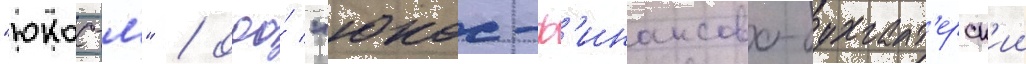
"юкос-м" / ооо́ "юкос-ф'инансово-бухгалт'ерск'ии